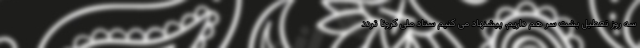
سه روز تعطیل پشت سر هم داریم. پیشنهاد می کنیم ستاد ملی کرونا تردد